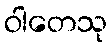
ဝါတေသု